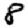
Digit: 8